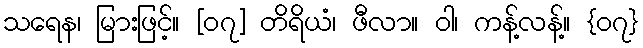
သရေန၊ မြားဖြင့်။ [၀၇] တိရိယံ၊ ဖီလာ။ ဝါ၊ ကန့်လန့်။ {၀၇}